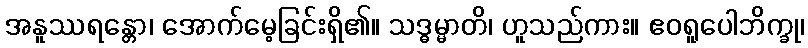
အနူဿရန္တော၊ အောက်မေ့ခြင်းရှိ၏။ သဒ္ဓမ္မာတိ၊ ဟူသည်ကား။ ဧဝရူပေါဘိက္ခု၊